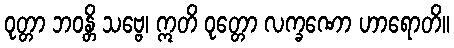
ဝုတ္တာ ဘဝန္တိ သဗ္ဗေ၊ ဣတိ ဝုတ္တော လက္ခဏော ဟာရောတိ။